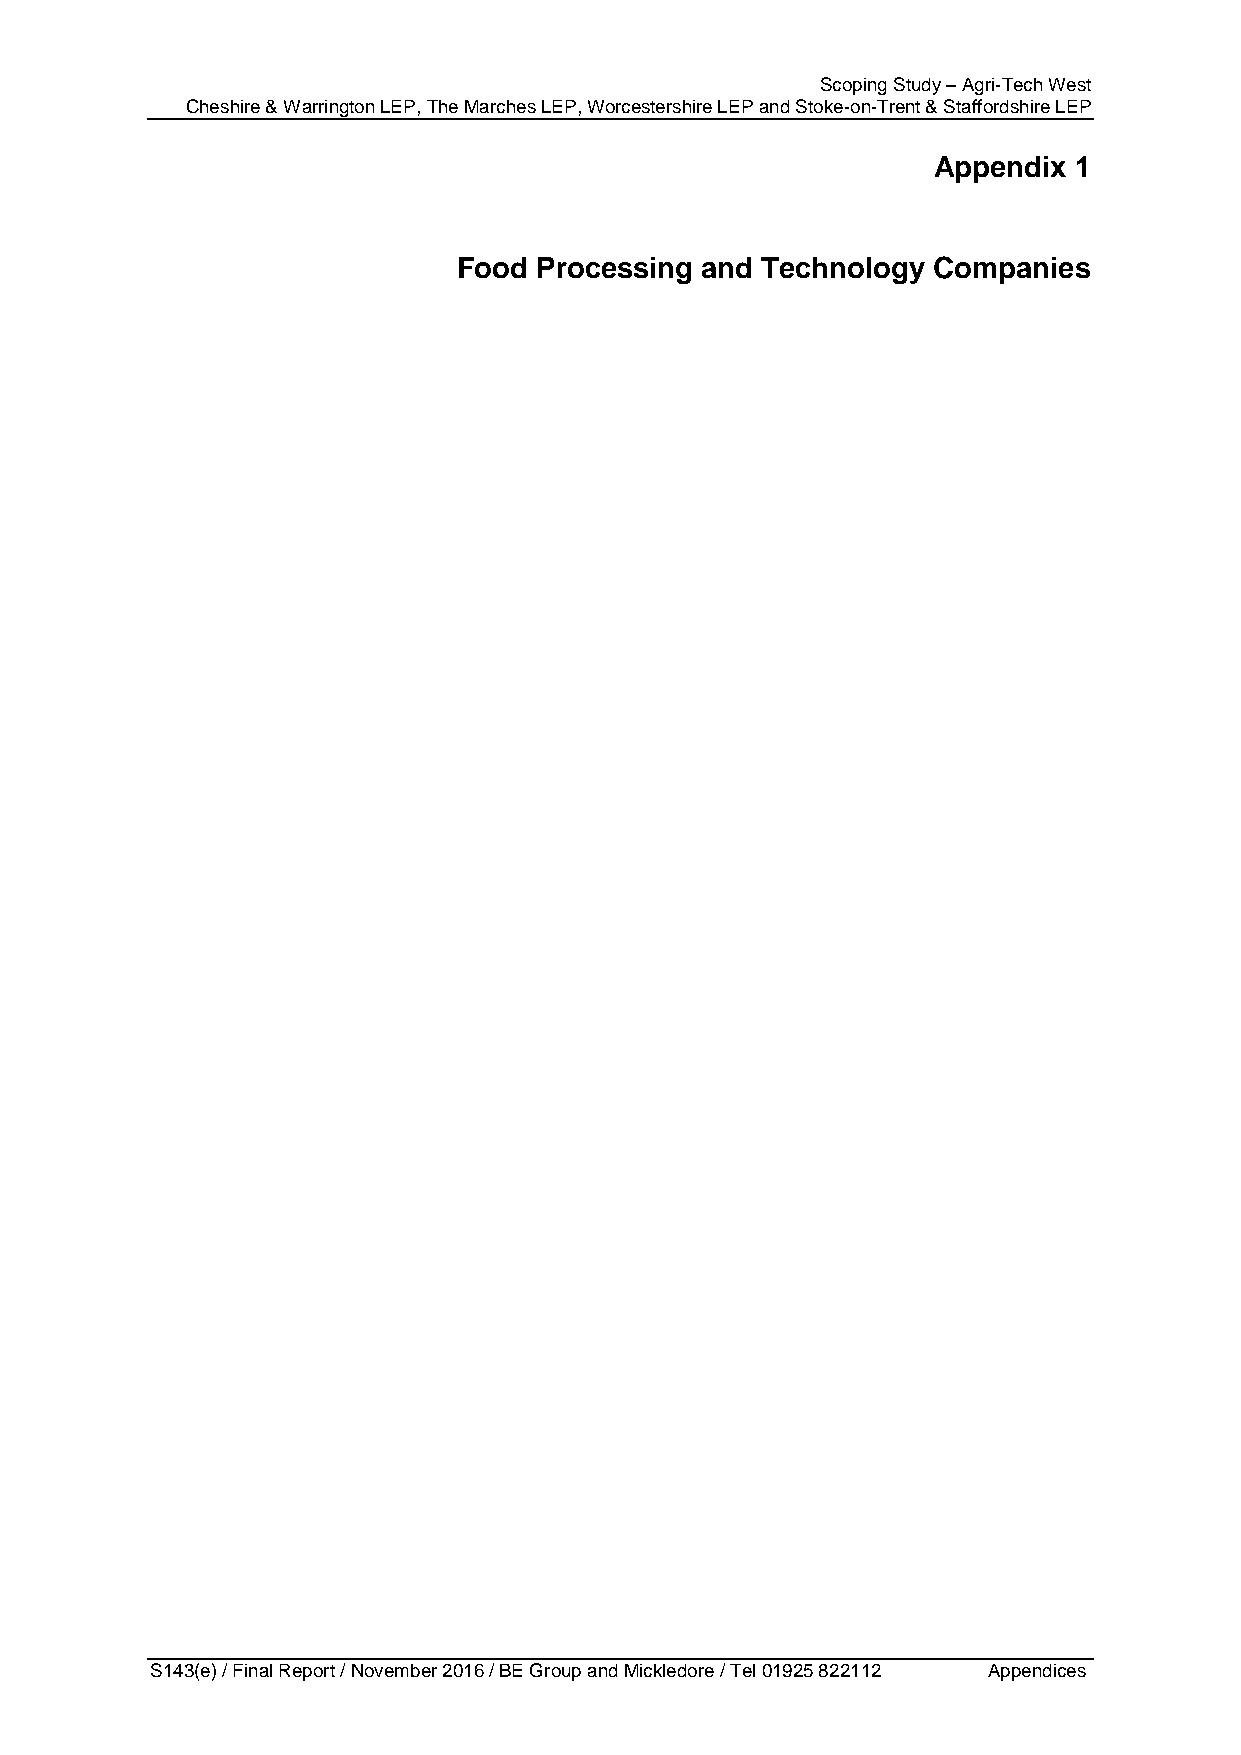
Scoping Study – Agri-Tech West
 Cheshire & Warrington LEP, The Marches LEP, Worcestershire LEP and Stoke-on-Trent & Staffordshire LEP
 Appendix 1
 Food Processing and Technology  Companies
 S143(e) / Final Report / November 2016 / BE Group and Mickledore / Tel 01925 822112 Appendices